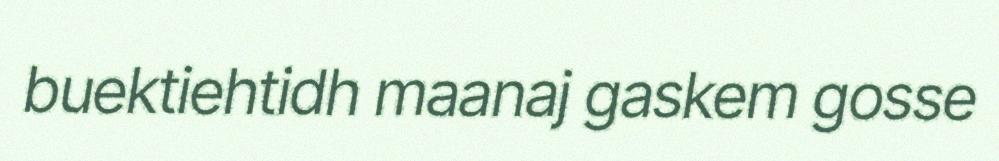
buektiehtidh maanaj gaskem gosse